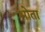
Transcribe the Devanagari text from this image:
भोता